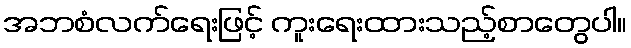
အဘစံလက်ရေးဖြင့် ကူးရေးထားသည့်စာတွေပါ။